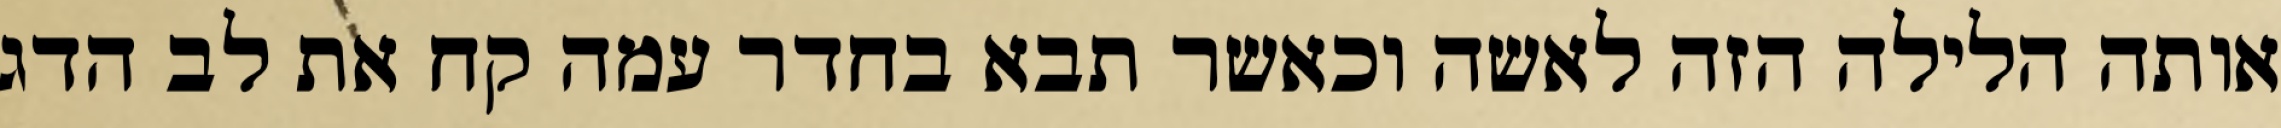
אותה הלילה הזה לאשה וכאשר תבא בחדר עמה קח את לב הדג